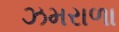
ઝમરાળા